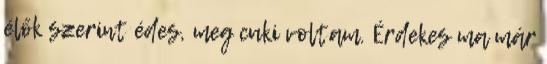
élők szerint édes, meg cuki voltam. Érdekes ma már